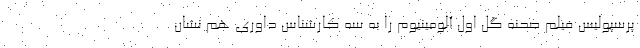
پرسپولیس فیلم صحنه گل اول آلومینیوم را به سه کارشناس داوری هم نشان